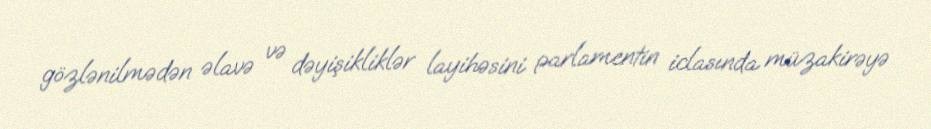
gözlənilmədən əlavə və dəyişikliklər layihəsini parlamentin iclasında müzakirəyə